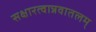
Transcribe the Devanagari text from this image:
सक्षारत्वान्नवातलम्